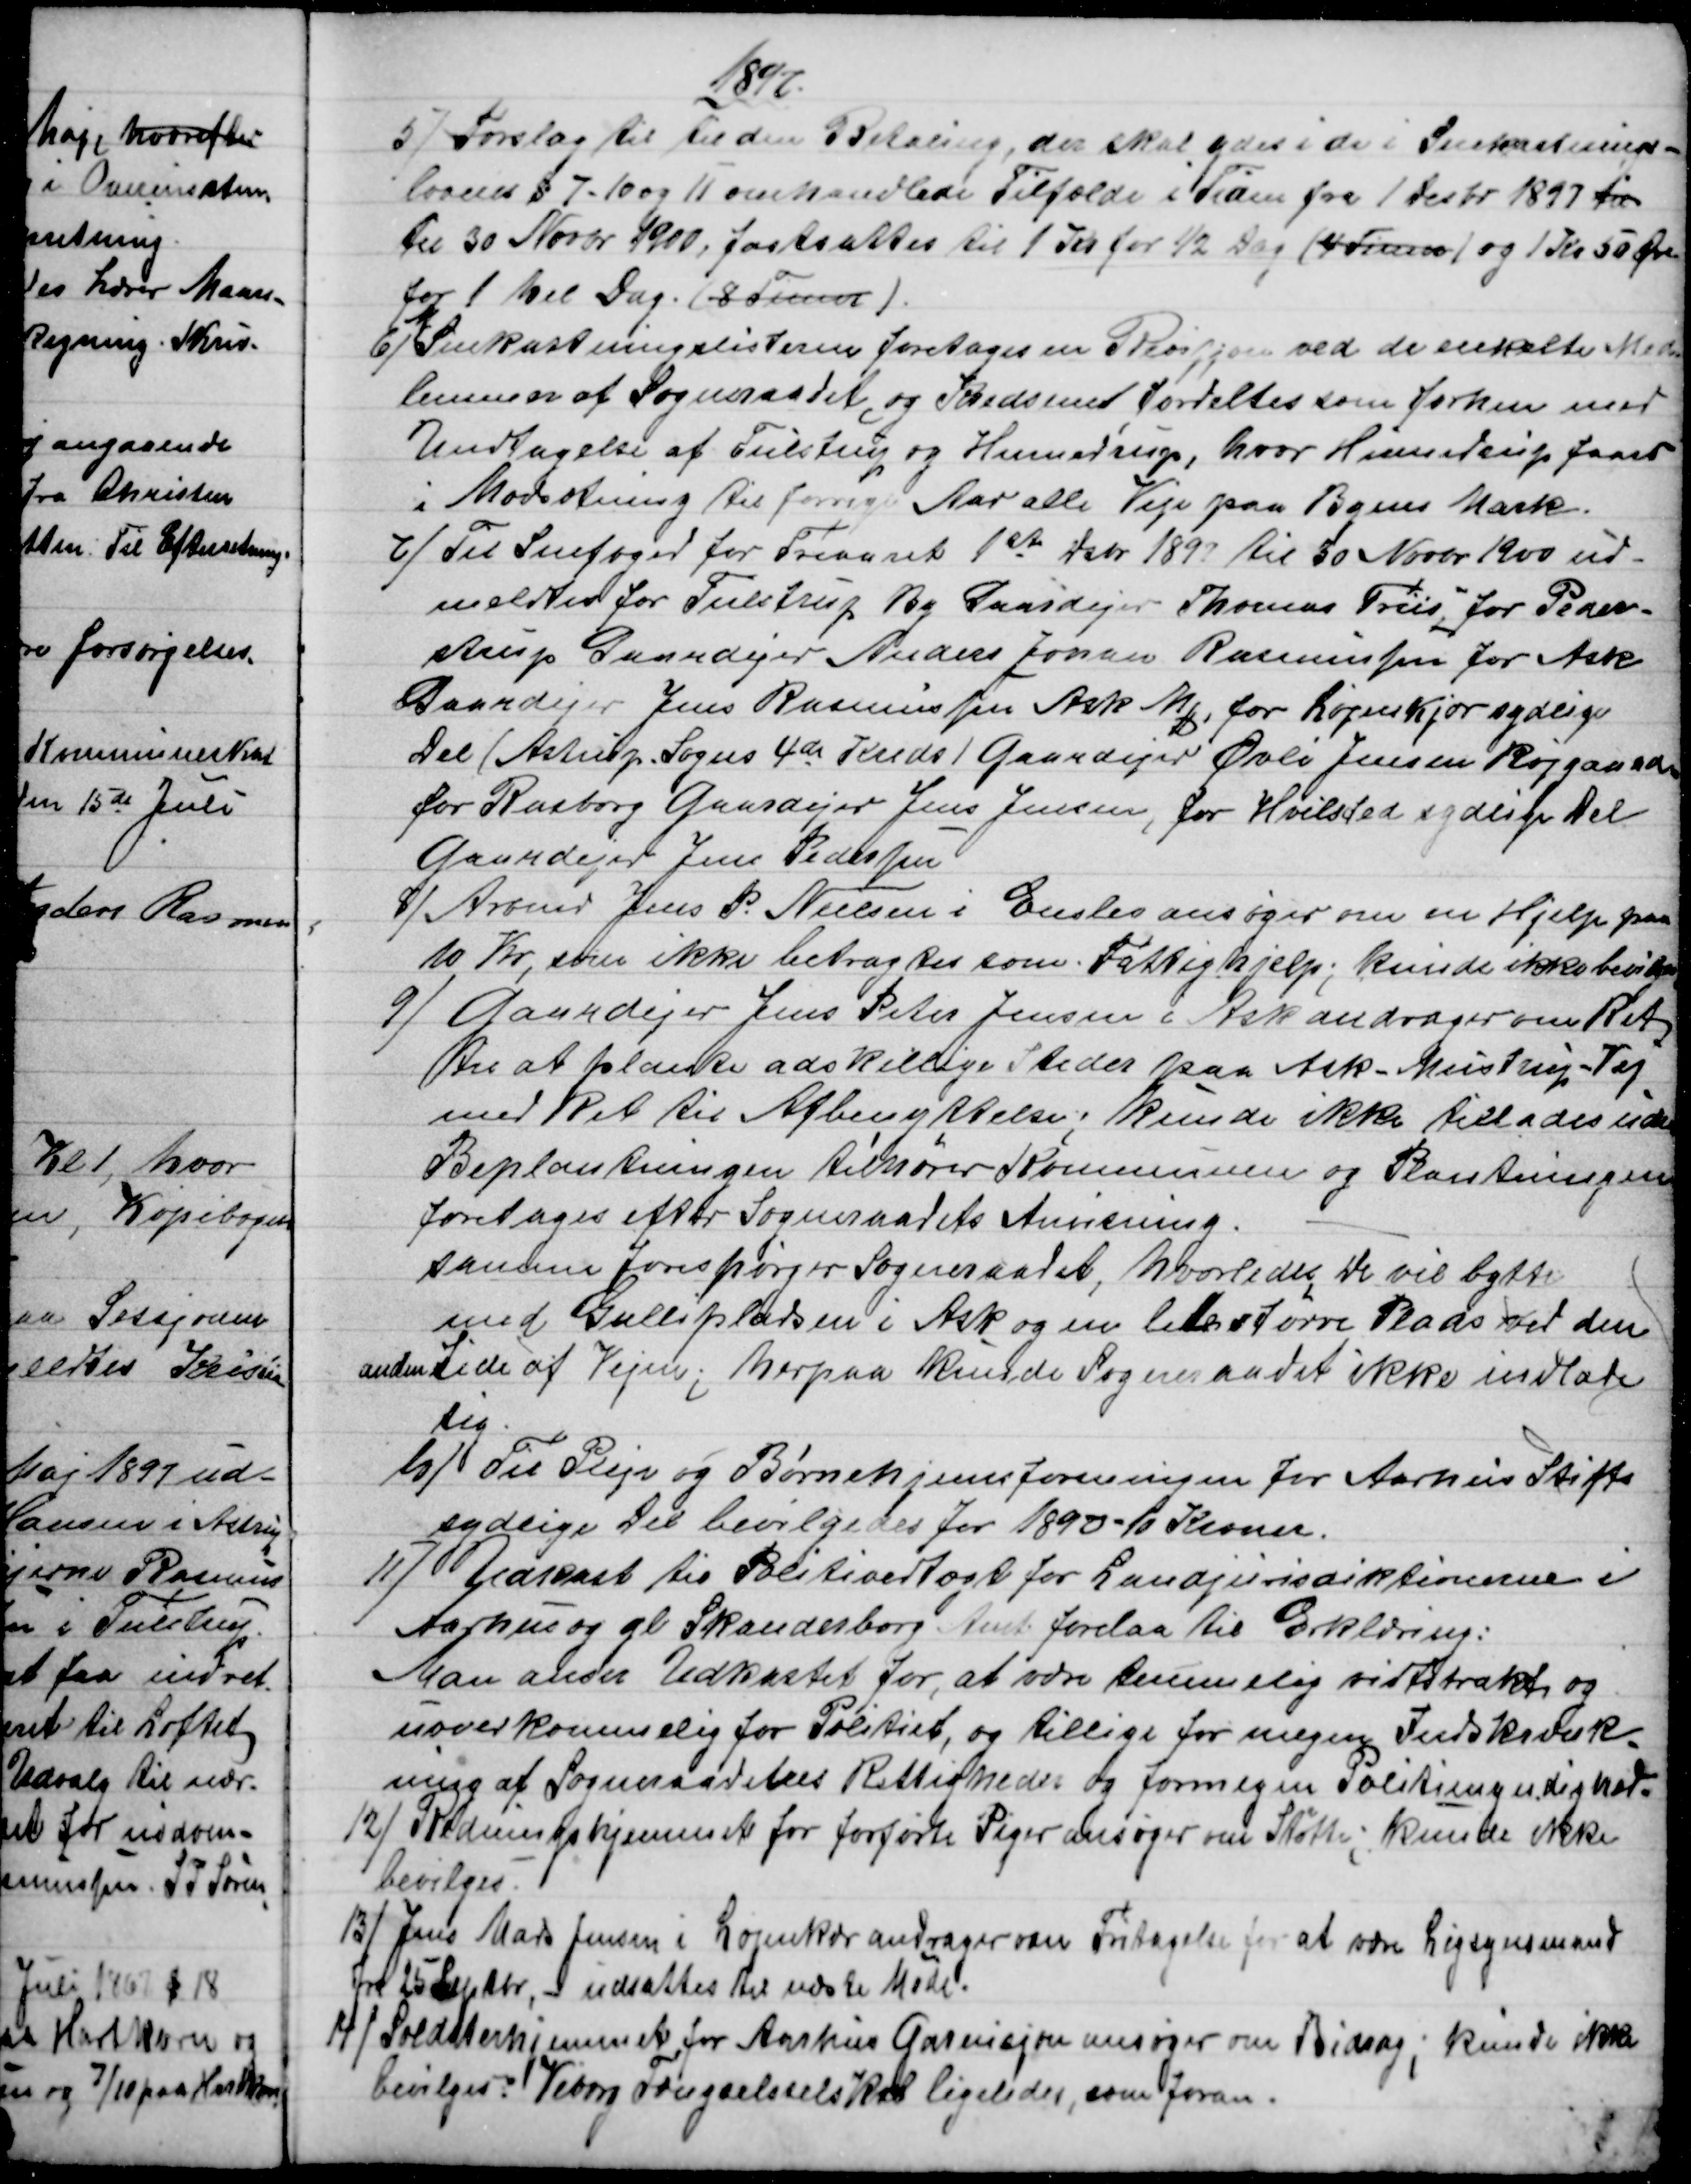
Transskription:
1897
5) 
Forslag til til den Betaling, der skal ydes i de i Snekastnings-
lovens § 7 - 10 og 11 omhandlede Tilfælde i Tiden fra 1 Desbr 1897 til
til 30 Novbr 1900, fastsattes til 1 Kr for ½ Dag (4 Timer) og 1 Kr. 50 Øre
for 1 hel Dag. (8 Timer).
6) 
I Snekastningslisterne foretoges en Revisjon ved de enkelte Med-
lemmer af Sogneraadet, og Kredsene fordeltes som forhen med
Undtagelse af Tulstrup og Hinnedrup, hvor Hinnedrup faaer
i Modsætning til forrige Aar alle Veje paa Byens Mark.
7)
Til Snefoged for Treaaret 1ste Dsbr 1897 til 30 Novbr 1900 ud-
meldtes for Tulstrup By Gaardejer Thomas Friis, for Peder-
strup Gaardejer Anders Johan Rasmussen for Ask
Gaardejer Jens Rasmussen Ark Mk , for Løjenkær sydlige
Del (Astrup. Sogns 4de Kreds) Gaardejer Øvli Jensen Røjgaard
for Rasborg Gaardejer Jens Jensen, for Hvilsted sydlige Del
Gaardejer Jens Pedersen
8) 
Arbmd Jens P. Nielsen i Enslev ansøger om en Hjelp paa
10 Kr, som ikke betragtes som Fattighjelp; kunde ikke bevilges
9) 
Gaardejer Jens Peter Jensen i Ask andrager om Ret,
til at plante adskillige Steder paa Ask-Mustrup-Vej
med Ret til Afbenyttelse; kunde ikke tillades uden
Beplantningen tilhører Kommunen og Plantningen
foretages efter Sogneraadets Anvisning.
samme forespørger Sogneraadet, hvorledes De vil bytte
med Gullipladsen i Ask og en lidt større Plads ved den
anden  Side af Vejen; herpaa kunde Sogneraadet ikke indlade
sig.
10) 
Til Pleje og Børnehjemsforeningen for Aarhus Stifts
sydlige Del bevilgedes for 1890 - 10 Kroner.
11) 
Udkast til Politivedtægt for Landjurisdiktionerne i
Aarhus og gl Skanderborg Amt. forelaa til Erklæring:
Man anser Udkastet for, at være temmelig vidtstrakt og
uoverkommelig for Politiet, og tillige for megen Indskrænk-
ning af Sogneraadets Rettigheder og formegen Politimyndighed.
12)
Redningshjemmet for forførte Piger ansøger om Støtte; kunde ikke
bevilges.
13) 
Jens Mads Jensen i Løjenkær andrager om Fritagelse for at være Ligsynsmand
fra 25 Septbr, udsattes til næste Møde.
14)
Soldaterhjemmet for Aarhus Garnisjon ansøger om Bidrag; kunde ikke
bevilges. Viborg Fængselsselskab ligeledes, som foran.